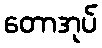
တောအုပ်